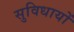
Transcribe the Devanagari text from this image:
सुविधायों